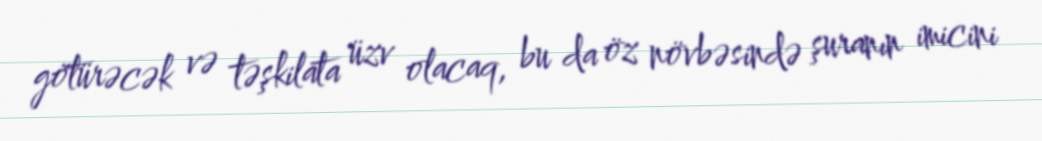
götürəcək və təşkilata üzv olacaq, bu da öz növbəsində şuranın imicini